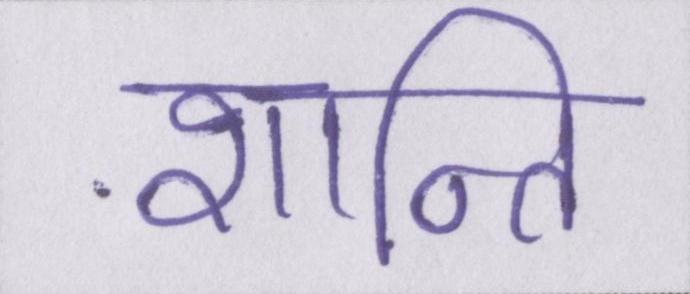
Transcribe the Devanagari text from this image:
शान्ति